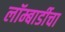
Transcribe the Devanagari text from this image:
लॉम्बार्डीचा